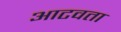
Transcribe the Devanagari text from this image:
आटवता